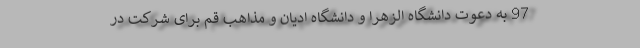
97 به دعوت دانشگاه الزهرا و دانشگاه ادیان و مذاهب قم برای شرکت در